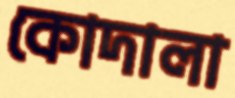
কোদালা